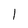
Character: l